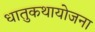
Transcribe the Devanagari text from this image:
धातुकथायोजना